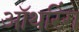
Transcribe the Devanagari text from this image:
ऑथरिंग